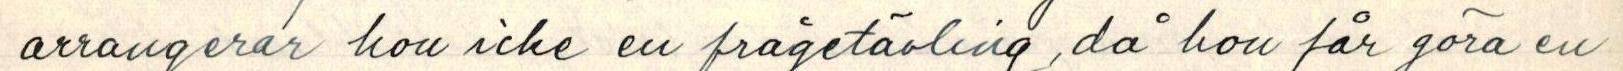
arrangerar hon icke en frågetävling, då hon får göra en